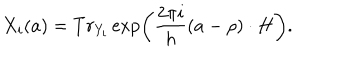
LaTeX: X _ { i } ( a ) = T r _ { Y _ { i } } \exp \left( \frac { 2 \pi i } h ( a - \rho ) \cdot H \right) .